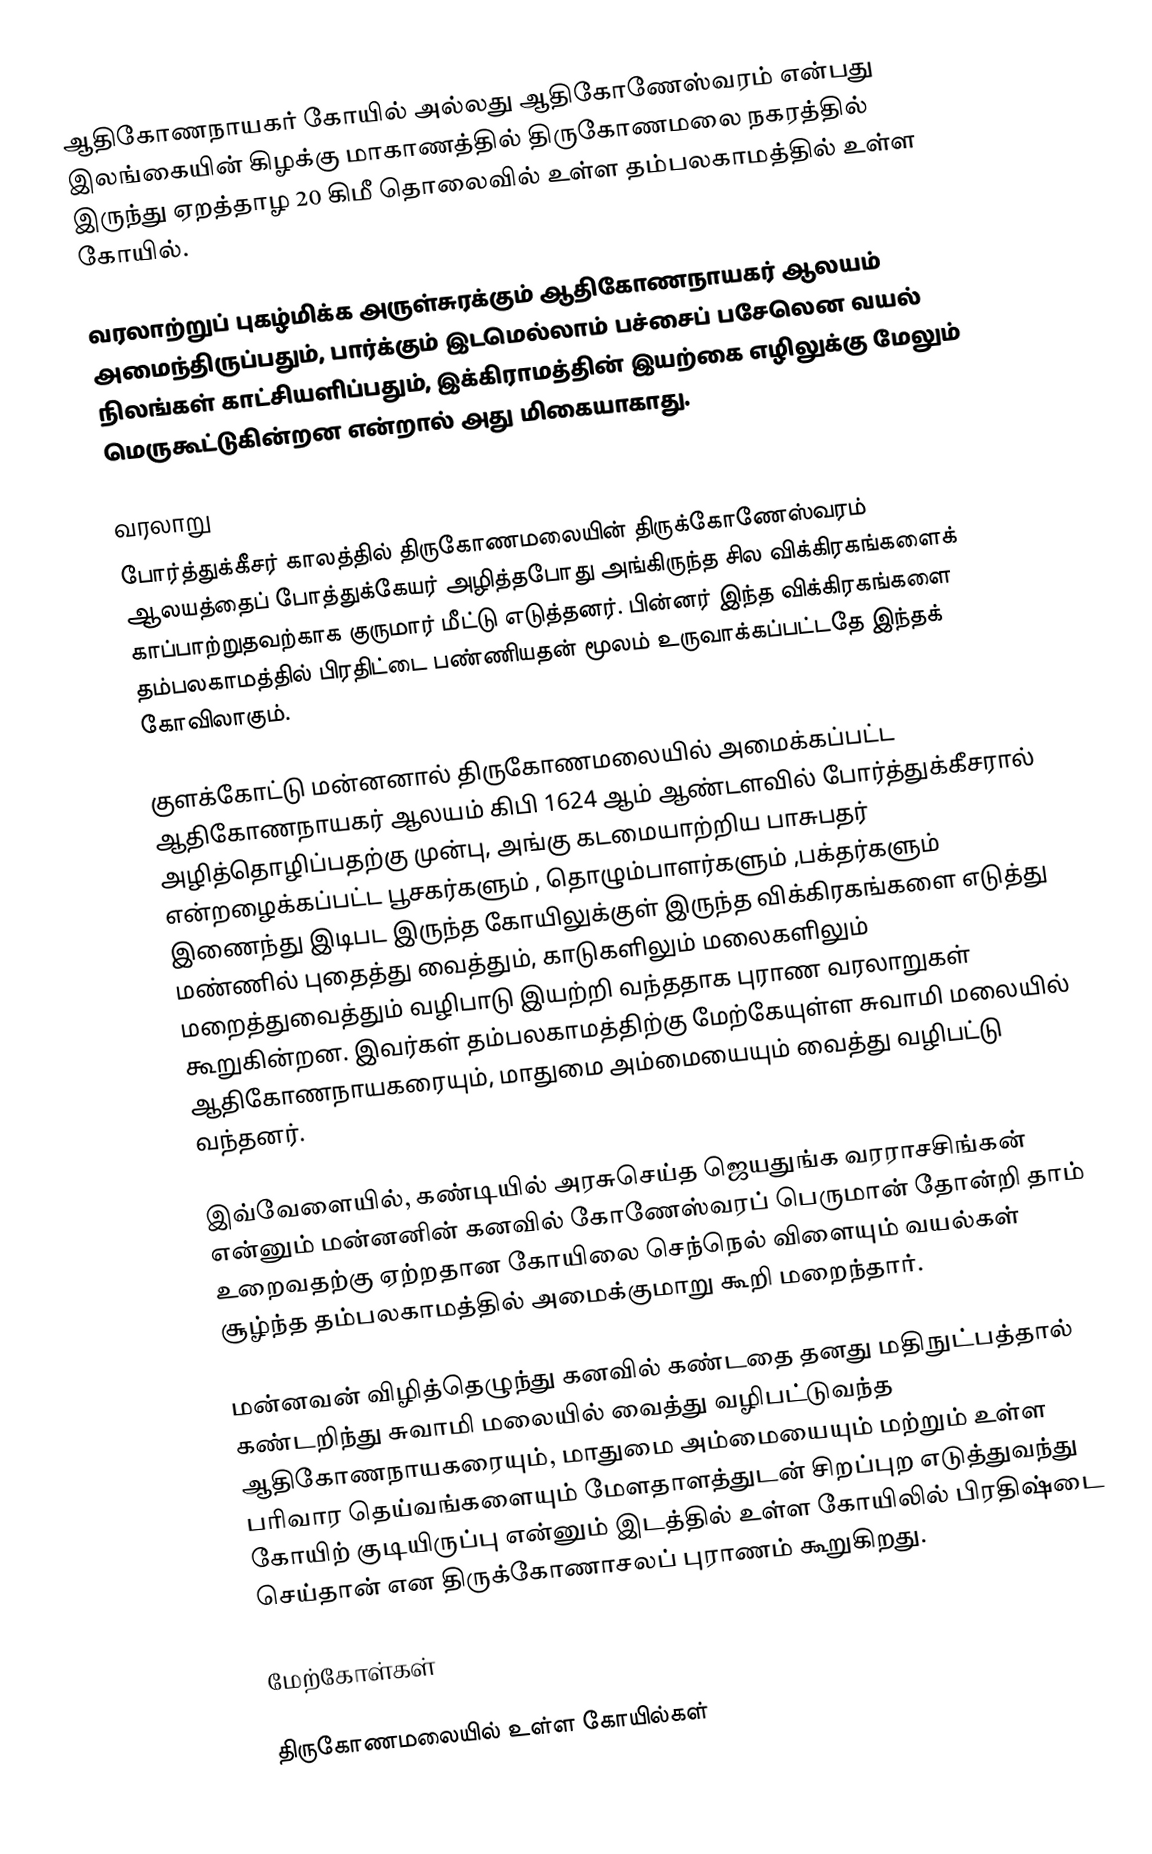
ஆதிகோணநாயகர் கோயில் அல்லது ஆதிகோணேஸ்வரம் என்பது இலங்கையின் கிழக்கு மாகாணத்தில் திருகோணமலை நகரத்தில் இருந்து ஏறத்தாழ 20 கிமீ தொலைவில் உள்ள தம்பலகாமத்தில் உள்ள கோயில்.

வரலாற்றுப் புகழ்மிக்க அருள்சுரக்கும் ஆதிகோணநாயகர் ஆலயம் அமைந்திருப்பதும், பார்க்கும் இடமெல்லாம் பச்சைப் பசேலென வயல் நிலங்கள் காட்சியளிப்பதும், இக்கிராமத்தின் இயற்கை எழிலுக்கு மேலும் மெருகூட்டுகின்றன என்றால் அது மிகையாகாது.

வரலாறு
போர்த்துக்கீசர் காலத்தில் திருகோணமலையின் திருக்கோணேஸ்வரம் ஆலயத்தைப் போத்துக்கேயர் அழித்தபோது அங்கிருந்த சில விக்கிரகங்களைக் காப்பாற்றுதவற்காக குருமார் மீட்டு எடுத்தனர். பின்னர் இந்த விக்கிரகங்களை தம்பலகாமத்தில் பிரதிட்டை பண்ணியதன் மூலம் உருவாக்கப்பட்டதே இந்தக் கோவிலாகும்.

குளக்கோட்டு மன்னனால் திருகோணமலையில் அமைக்கப்பட்ட ஆதிகோணநாயகர் ஆலயம் கிபி 1624 ஆம் ஆண்டளவில் போர்த்துக்கீசரால் அழித்தொழிப்பதற்கு முன்பு, அங்கு கடமையாற்றிய பாசுபதர் என்றழைக்கப்பட்ட பூசகர்களும் , தொழும்பாளர்களும் ,பக்தர்களும் இணைந்து இடிபட இருந்த கோயிலுக்குள் இருந்த விக்கிரகங்களை எடுத்து மண்ணில் புதைத்து வைத்தும், காடுகளிலும் மலைகளிலும் மறைத்துவைத்தும் வழிபாடு இயற்றி வந்ததாக புராண வரலாறுகள் கூறுகின்றன. இவர்கள் தம்பலகாமத்திற்கு மேற்கேயுள்ள சுவாமி மலையில் ஆதிகோணநாயகரையும், மாதுமை அம்மையையும் வைத்து வழிபட்டு வந்தனர்.

இவ்வேளையில், கண்டியில் அரசுசெய்த ஜெயதுங்க வரராசசிங்கன் என்னும் மன்னனின் கனவில் கோணேஸ்வரப் பெருமான் தோன்றி தாம் உறைவதற்கு ஏற்றதான கோயிலை செந்நெல் விளையும் வயல்கள் சூழ்ந்த தம்பலகாமத்தில் அமைக்குமாறு கூறி மறைந்தார்.

மன்னவன் விழித்தெழுந்து கனவில் கண்டதை தனது மதிநுட்பத்தால் கண்டறிந்து சுவாமி மலையில் வைத்து வழிபட்டுவந்த ஆதிகோணநாயகரையும், மாதுமை அம்மையையும் மற்றும் உள்ள பரிவார தெய்வங்களையும் மேளதாளத்துடன் சிறப்புற எடுத்துவந்து கோயிற் குடியிருப்பு என்னும் இடத்தில் உள்ள கோயிலில் பிரதிஷ்டை செய்தான் என திருக்கோணாசலப் புராணம் கூறுகிறது.

மேற்கோள்கள்

திருகோணமலையில் உள்ள கோயில்கள்